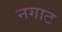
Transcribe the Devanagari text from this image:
नगाट